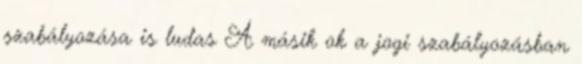
szabályozása is ludas A másik ok a jogi szabályozásban